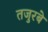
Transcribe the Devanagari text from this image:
तजुरबे